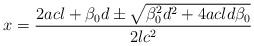
LaTeX: \begin{align*}x=\frac{2acl+ \beta_0 d \pm \sqrt{\beta_0^2d^2+4acld\beta_0} }{2lc^2}\end{align*}